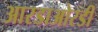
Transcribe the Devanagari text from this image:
आरडाओरडी